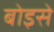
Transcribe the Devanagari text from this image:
बोइसे